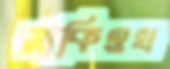
সাকিওখ